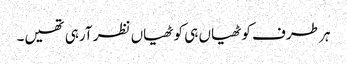
ہر طرف کوٹھیاں ہی کوٹھیاں نظر آرہی تھیں۔